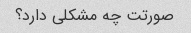
صورتت چه مشکلی دارد؟